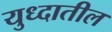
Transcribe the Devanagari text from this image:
युध्दातील